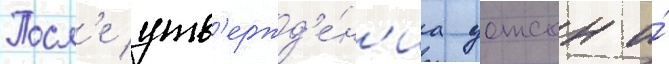
Посл'е утв'ержд'е́н'иа уотсон и́